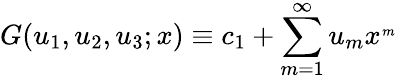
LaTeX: G(u_{1},u_{2},u_{3};x)\equiv c_{1}+\sum_{m=1}^{\infty}u_{m}x^{_{m}}